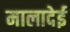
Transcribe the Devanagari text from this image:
मालादेई